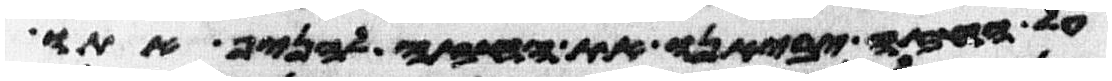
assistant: על החזה יביאנו את החזה להניף אתו